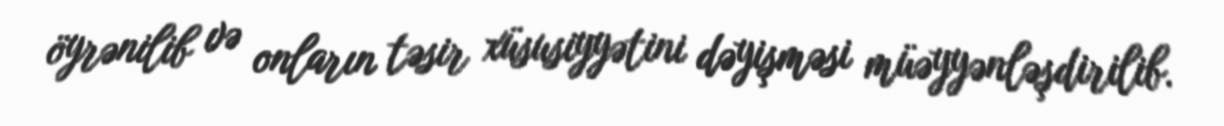
öyrənilib və onların təsir xüsusiyyətini dəyişməsi müəyyənləşdirilib.